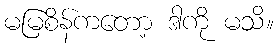
မမြစိန်ကတော့ ဒါကို မသိ။